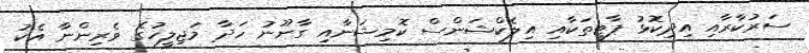
ސަރުކާރާއި އިދިކޮޅު ޕާޓީތަކާއި އިލެކްޝަންސް ކޮމިޝަނާއި ގާނޫނު ހަދާ މަޖިލީހުގެ ވެރިންނާ އެކު